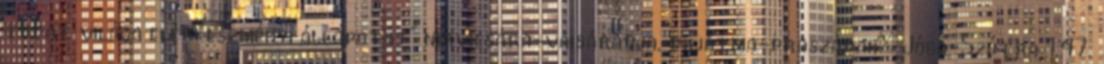
tudat világa eléri eszményi állapotát" nirvicsára-vaisáradja, dhjátma-praszádah; Jóga-Szútra 1,47.